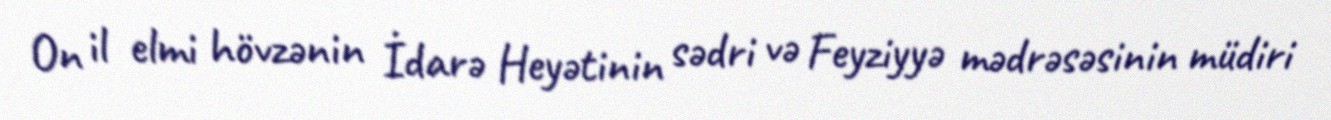
On il elmi hövzənin İdarə Heyətinin sədri və Feyziyyə mədrəsəsinin müdiri